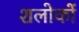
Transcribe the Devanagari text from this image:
शलोकों